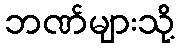
ဘဏ်များသို့